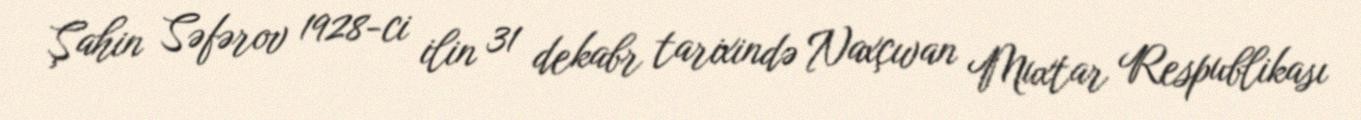
Şahin Səfərov 1928-ci ilin 31 dekabr tarixində Naxçıvan Muxtar Respublikası